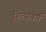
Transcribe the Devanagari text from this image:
हिल्सबर्ग